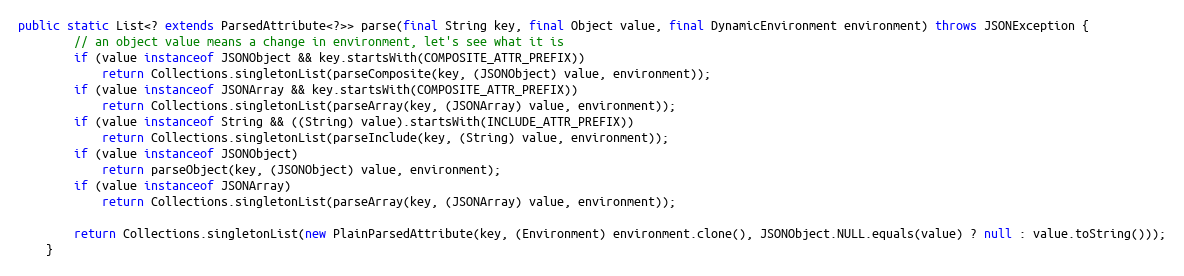
Language: Java
public static List<? extends ParsedAttribute<?>> parse(final String key, final Object value, final DynamicEnvironment environment) throws JSONException {
        // an object value means a change in environment, let's see what it is
        if (value instanceof JSONObject && key.startsWith(COMPOSITE_ATTR_PREFIX))
            return Collections.singletonList(parseComposite(key, (JSONObject) value, environment));
        if (value instanceof JSONArray && key.startsWith(COMPOSITE_ATTR_PREFIX))
            return Collections.singletonList(parseArray(key, (JSONArray) value, environment));
        if (value instanceof String && ((String) value).startsWith(INCLUDE_ATTR_PREFIX))
            return Collections.singletonList(parseInclude(key, (String) value, environment));
        if (value instanceof JSONObject)
            return parseObject(key, (JSONObject) value, environment);
        if (value instanceof JSONArray)
            return Collections.singletonList(parseArray(key, (JSONArray) value, environment));

        return Collections.singletonList(new PlainParsedAttribute(key, (Environment) environment.clone(), JSONObject.NULL.equals(value) ? null : value.toString()));
    }